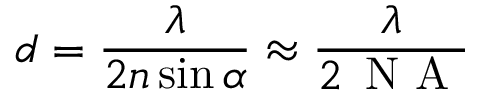
d = { \frac { \lambda } { 2 n \sin \alpha } } \approx { \frac { \lambda } { 2 \, { \textrm { N A } } } }